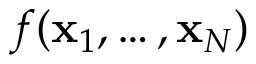
f { } ( \mathbf { x } _ { 1 } , \ldots , \mathbf { x } _ { N } )